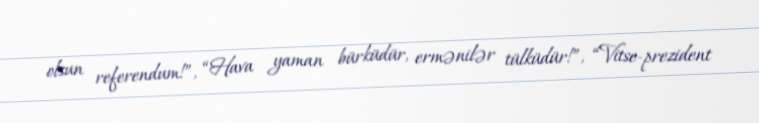
olsun referendum!”, “Hava yaman bürküdür, ermənilər tülküdür!”, “Vitse-prezident